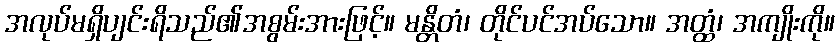
အလုပ်မရှိပျင်းရိသည်၏အစွမ်းအားဖြင့်။ မန္တိတံ၊ တိုင်ပင်အပ်သော။ အတ္ထံ၊ အကျိုးကို။